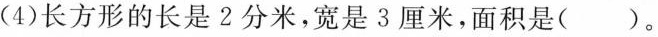
（4）长方形的长是2分米，宽是3厘米，面积是（）。